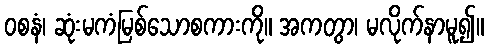
ဝစနံ၊ ဆုံးမကံမြစ်သောစကားကို။ အကတွာ၊ မလိုက်နာမူ၍။